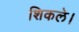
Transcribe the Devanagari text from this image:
शिकले।